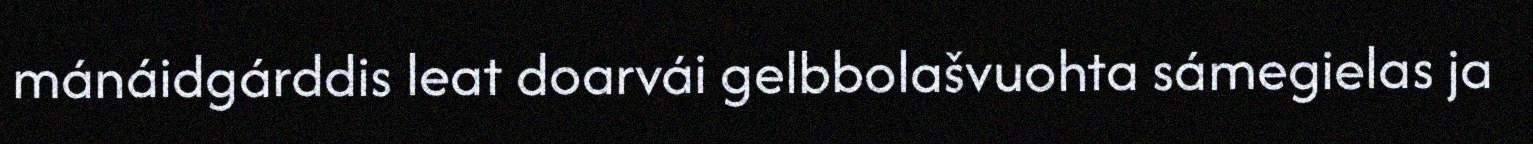
mánáidgárddis leat doarvái gelbbolašvuohta sámegielas ja